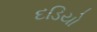
દડિયો